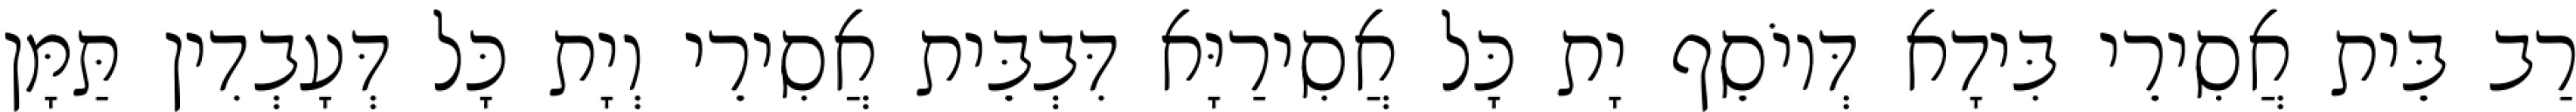
רַב בֵּית אֲסִירֵי בִּידָא דְּיוֹסֵף יָת כָּל אֲסִירַיָּא דִּבְבֵּית אֲסִירֵי וְיָת כָּל דְּעָבְדִין תַּמָּן